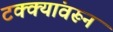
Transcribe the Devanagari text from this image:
टक्‍क्‍यांवरून